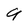
Character: 9